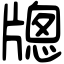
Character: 牕